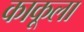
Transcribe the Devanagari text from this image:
काकूला